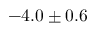
- 4 . 0 \pm 0 . 6